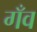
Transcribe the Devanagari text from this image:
गँव